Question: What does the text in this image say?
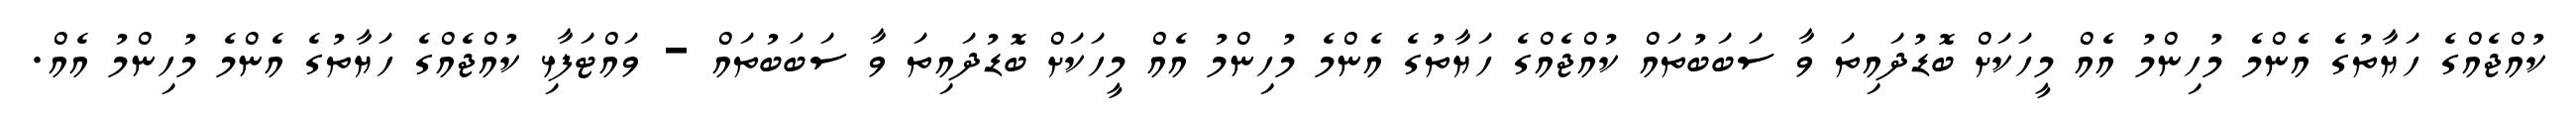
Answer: ކުއްޖެއްގެ ހަޔާތުގެ އެންމެ މުހިންމު އެއް މީހަކަށް ބޮޑުދައިތަ ވާ ސަބަބުތައް ކުއްޖެއްގެ ހަޔާތުގެ އެންމެ މުހިންމު އެއް މީހަކަށް ބޮޑުދައިތަ ވާ ސަބަބުތައް - ވައްޓަފާޅި ކުއްޖެއްގެ ހަޔާތުގެ އެންމެ މުހިންމު އެއް.